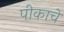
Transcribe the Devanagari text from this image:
पीकाचे